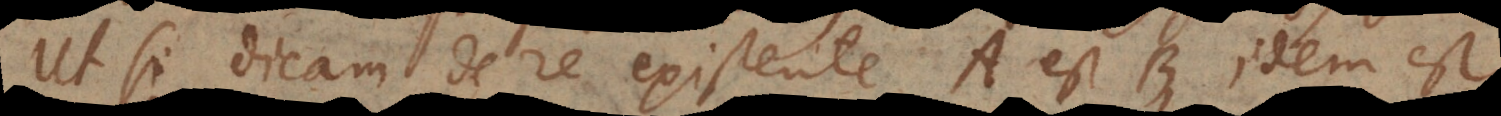
Ut si dicam de re existente A est B, idem est